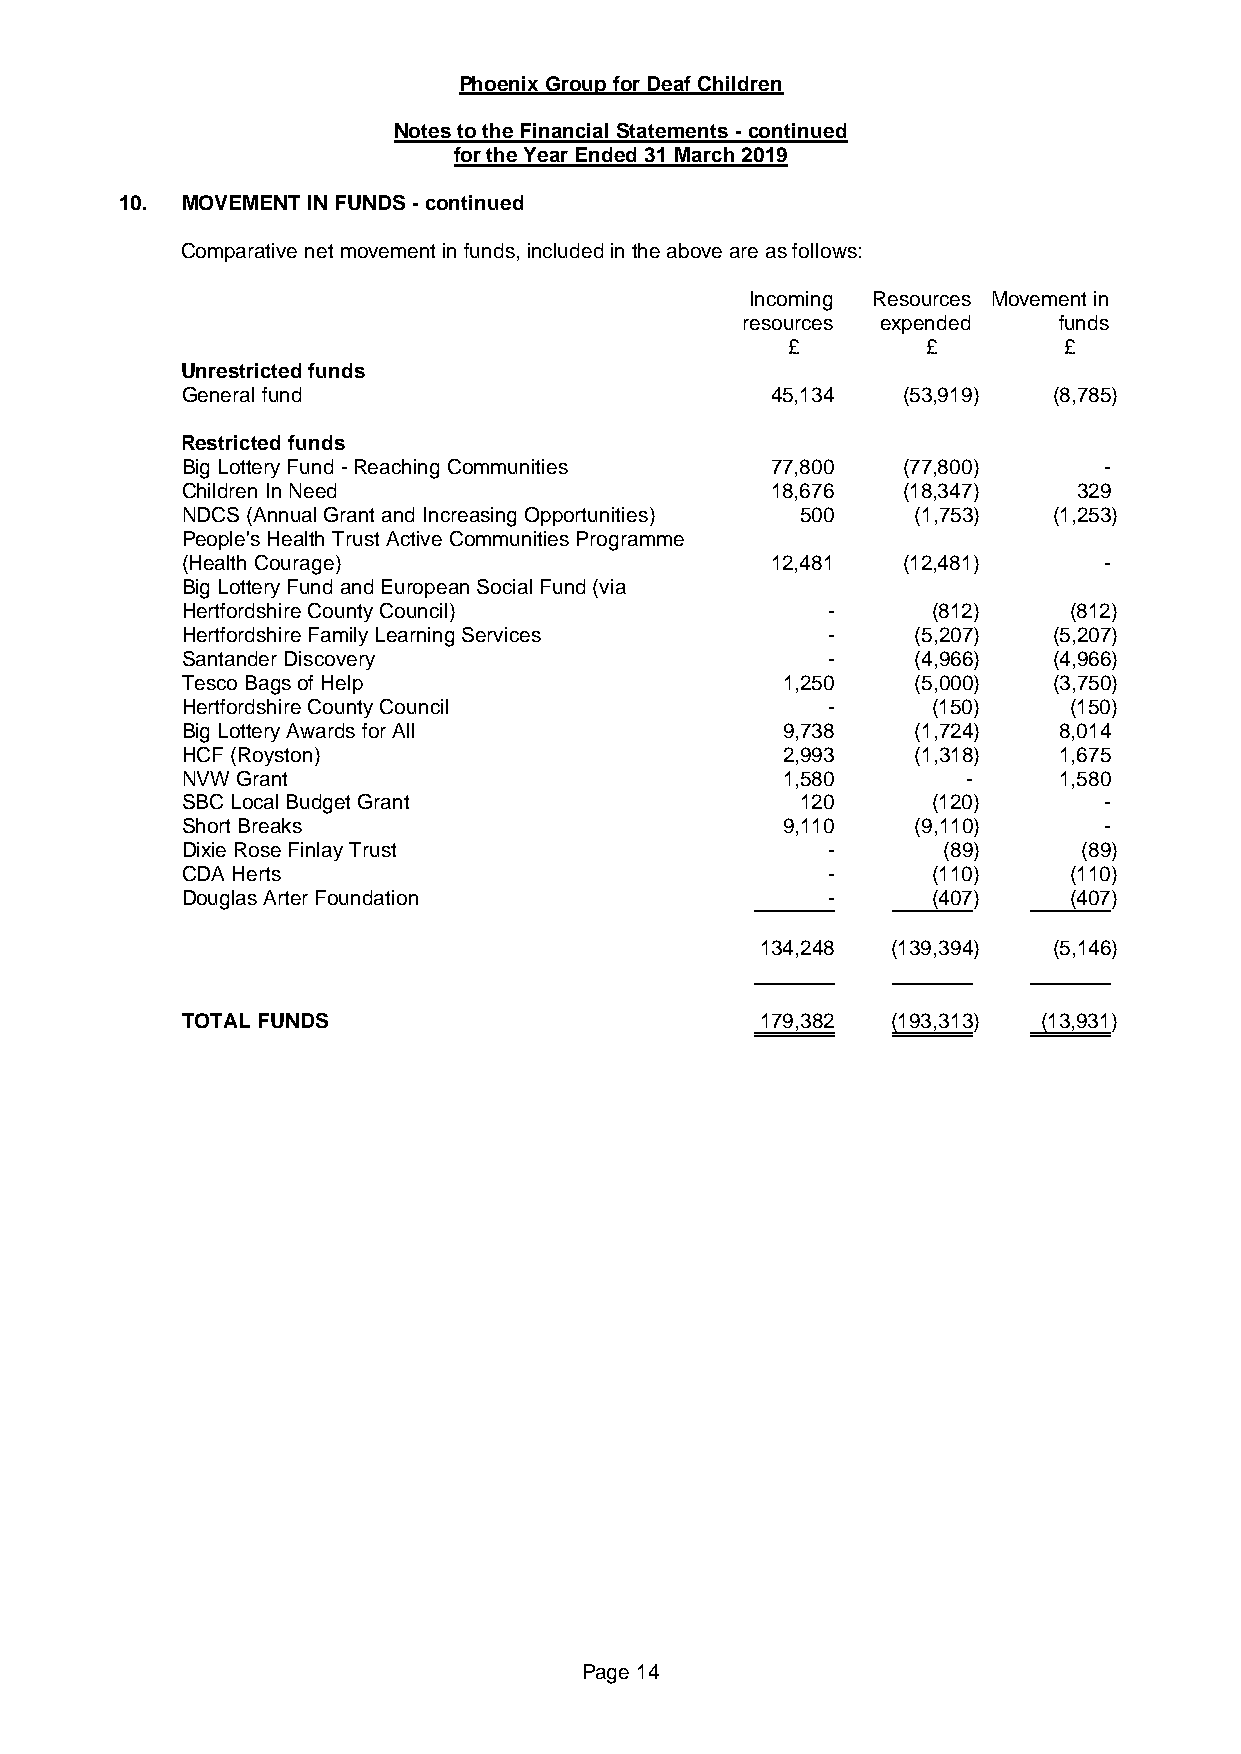
Phoenix Group for Deaf Children
 Notes to the Financial Statements - continued
 for the Year Ended 31 March 2019
 10. MOVEMENT IN FUNDS - continued
 Comparative net movement in funds, included in the above are as follows:
 Incoming Resources Movement in
 resources expended   funds
 £        £        £
 Unrestricted funds
 General fund                           45,134   (53,919)  (8,785)
 Restricted funds
 Big Lottery Fund - Reaching Communities 77,800  (77,800)     -
 Children In Need                       18,676   (18,347)   329
 NDCS (Annual Grant and Increasing Opportunities) 500 (1,753) (1,253)
 People's Health Trust Active Communities Programme
 (Health Courage)                       12,481   (12,481)     -
 Big Lottery Fund and European Social Fund (via
 Hertfordshire County Council)              -      (812)    (812)
 Hertfordshire Family Learning Services     -    (5,207)   (5,207)
 Santander Discovery                        -    (4,966)   (4,966)
 Tesco Bags of Help                      1,250   (5,000)   (3,750)
 Hertfordshire County Council               -      (150)    (150)
 Big Lottery Awards for All              9,738   (1,724)   8,014
 HCF (Royston)                           2,993   (1,318)   1,675
 NVW Grant                               1,580       -     1,580
 SBC Local Budget Grant                   120      (120)      -
 Short Breaks                            9,110   (9,110)      -
 Dixie Rose Finlay Trust                    -      (89)      (89)
 CDA Herts                                  -      (110)    (110)
 Douglas Arter Foundation                   -      (407)    (407)
 134,248  (139,394)  (5,146)
 TOTAL FUNDS                           179,382  (193,313) (13,931)
 Page 14